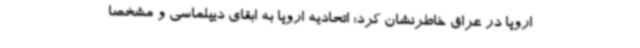
اروپا در عراق خاطرنشان کرد: اتحادیه اروپا به ابقای دیپلماسی و مشخصا